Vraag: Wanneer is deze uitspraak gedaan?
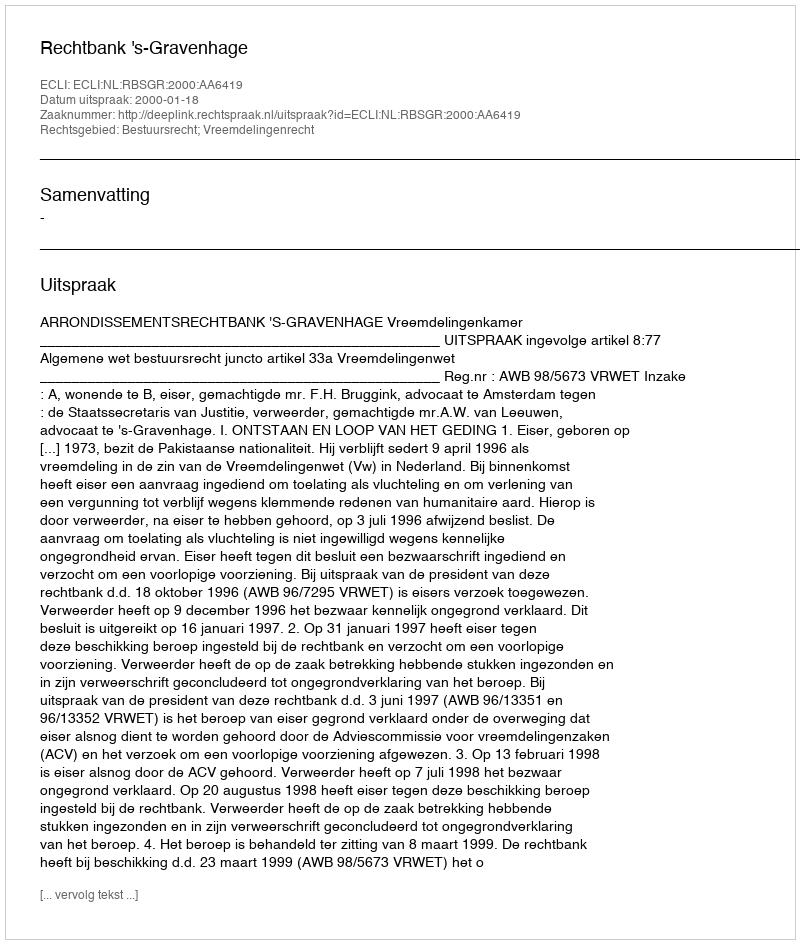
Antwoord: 2000-01-18